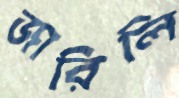
জারিলি